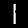
Label: 1